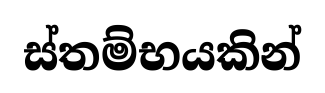
ස්තම්භයකින්